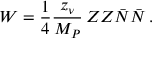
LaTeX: W = \frac { 1 } { 4 } \frac { z _ { \nu } } { M _ { P } } \, Z Z \bar { N } \bar { N } \, .